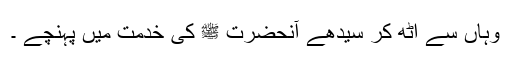
وہاں سے اُٹھ کر سیدھے آنحضرت ﷺ کی خدمت میں پہنچے ۔